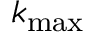
k _ { \mathrm { m a x } }